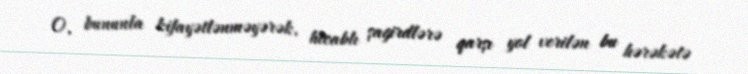
O, bununla kifayətlənməyərək, hicablı şagirdlərə qarşı yol verilən bu hərəkətə